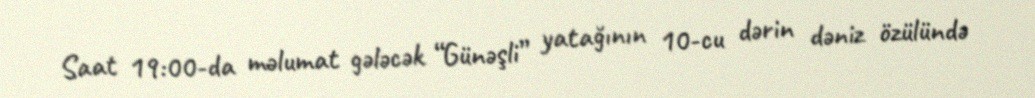
Saat 19:00-da məlumat gələcək “Günəşli” yatağının 10-cu dərin dəniz özülündə